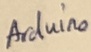
Text: Arduino